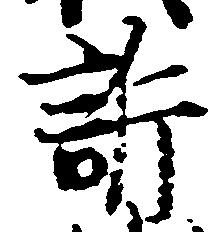
訴